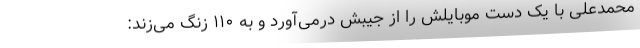
محمدعلی با یک دست موبایلش را از جیبش درمی‌آورد و به ۱۱۰ زنگ می‌زند: